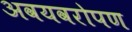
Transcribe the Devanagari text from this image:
अवयवरोपण